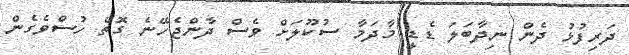
ދަރިފުޅު ދެން ނިދާބަލަ ޑެޑީ މާދަމާ ސުކޫލަށް ވެސް ދާންޖެހޭނެ ގޮތް ހުސްވެގެން